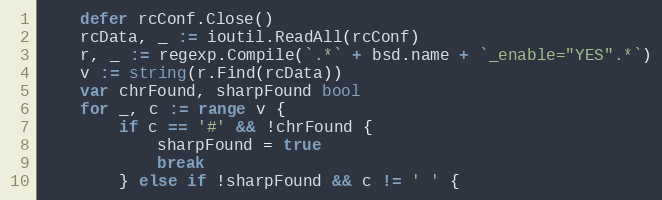
Language: Go
	defer rcConf.Close()
	rcData, _ := ioutil.ReadAll(rcConf)
	r, _ := regexp.Compile(`.*` + bsd.name + `_enable="YES".*`)
	v := string(r.Find(rcData))
	var chrFound, sharpFound bool
	for _, c := range v {
		if c == '#' && !chrFound {
			sharpFound = true
			break
		} else if !sharpFound && c != ' ' {